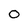
Character: O